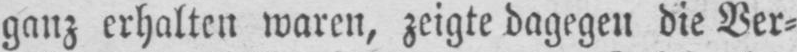
ganz erhalten waren, zeigte dagegen die Ver⸗